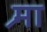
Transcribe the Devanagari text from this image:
श्र्मा